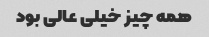
همه چیز خیلی عالی بود